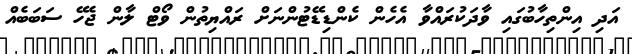
އަދި އިންތިހާބުގައި ވާދަކުރައްވާ އެހެން ކެންޑިޑޭޓުންނަށް ރައްޔިތުން ވޯޓް ލާން ޖެހޭ ސަބަބެއް